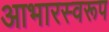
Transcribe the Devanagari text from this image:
आभारस्वरूप